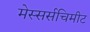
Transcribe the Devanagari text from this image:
मेस्सर्सचिमीट